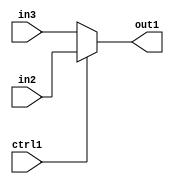
`timescale 1ps / 1ps
/*****************************************************************************
    Verilog RTL Description
    
    
    Created by: Stratus DpOpt 2019.1.01 
*******************************************************************************/

module GauFilter_N_Mux_8_2_3_4 (
	in3,
	in2,
	ctrl1,
	out1
	); /* architecture "behavioural" */ 
input [7:0] in3,
	in2;
input  ctrl1;
output [7:0] out1;
wire [7:0] asc001;

reg [7:0] asc001_tmp_0;
assign asc001 = asc001_tmp_0;
always @ (ctrl1 or in2 or in3) begin
	case (ctrl1)
		1'B1 : asc001_tmp_0 = in2 ;
		default : asc001_tmp_0 = in3 ;
	endcase
end

assign out1 = asc001;
endmodule

/* CADENCE  uLX0SAs= : u9/ySgnWtBlWxVPRXgAZ4Og= ** DO NOT EDIT THIS LINE ******/